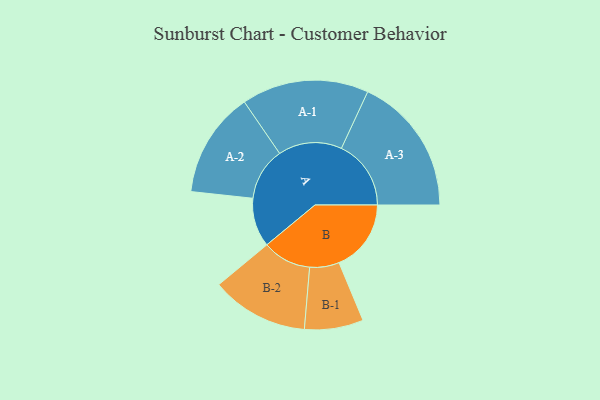
{"axis": {"x": "Segment", "y": "Value"}, "legend": ["", "A", "B"], "data": [{"x": "A", "y": 178, "type": ""}, {"x": "B", "y": 262, "type": ""}, {"x": "A-1", "y": 231, "type": "A"}, {"x": "A-2", "y": 192, "type": "A"}, {"x": "A-3", "y": 253, "type": "A"}, {"x": "B-1", "y": 107, "type": "B"}, {"x": "B-2", "y": 177, "type": "B"}]}